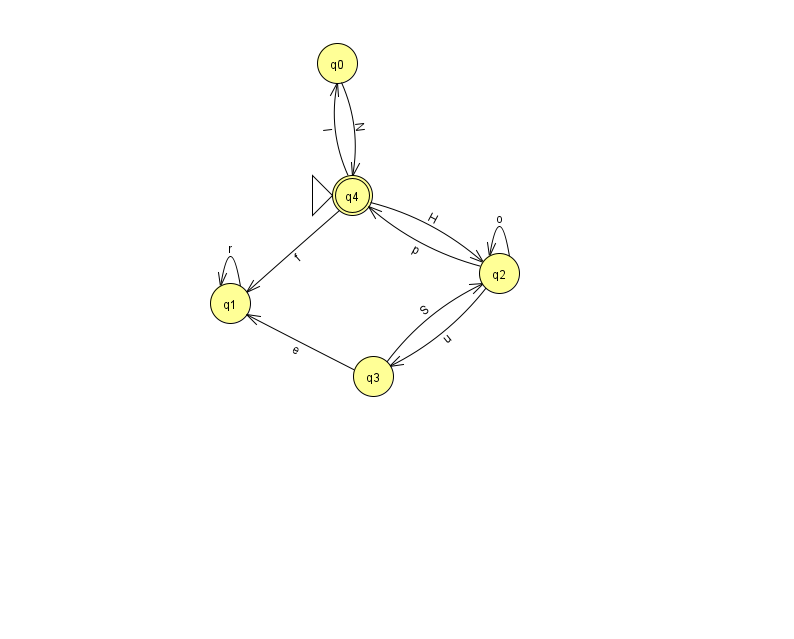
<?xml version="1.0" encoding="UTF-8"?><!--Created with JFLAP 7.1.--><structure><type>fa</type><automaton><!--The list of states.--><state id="0" name="q0"><x>337.0</x><y>50.0</y></state><state id="1" name="q1"><x>230.0</x><y>290.0</y></state><state id="2" name="q2"><x>499.0</x><y>260.0</y></state><state id="3" name="q3"><x>373.0</x><y>363.0</y></state><state id="4" name="q4"><x>352.0</x><y>182.0</y><initial/><final/></state><!--The list of transitions.--><transition><from>1</from><to>1</to><read>r</read></transition><transition><from>4</from><to>1</to><read>f</read></transition><transition><from>3</from><to>1</to><read>e</read></transition><transition><from>4</from><to>2</to><read>H</read></transition><transition><from>0</from><to>4</to><read>N</read></transition><transition><from>2</from><to>3</to><read>u</read></transition><transition><from>2</from><to>4</to><read>p</read></transition><transition><from>4</from><to>0</to><read>I</read></transition><transition><from>2</from><to>2</to><read>o</read></transition><transition><from>3</from><to>2</to><read>S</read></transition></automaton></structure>